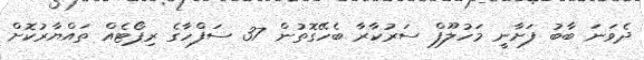
ދެވަނަ ބާބު ފަށާނީ މަހުލޫފް ސަރުކާރާ ބެހޭގޮތުން 37 ސަފްހާގެ ރިޕޯޓެއް ތައްޔާރުކޮށް